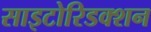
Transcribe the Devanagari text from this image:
साइटोरिडक्शन